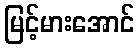
မြင့်မားအောင်